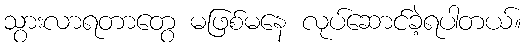
သွားလာရတာတွေ မဖြစ်မနေ လုပ်ဆောင်ခဲ့ရပါတယ်။